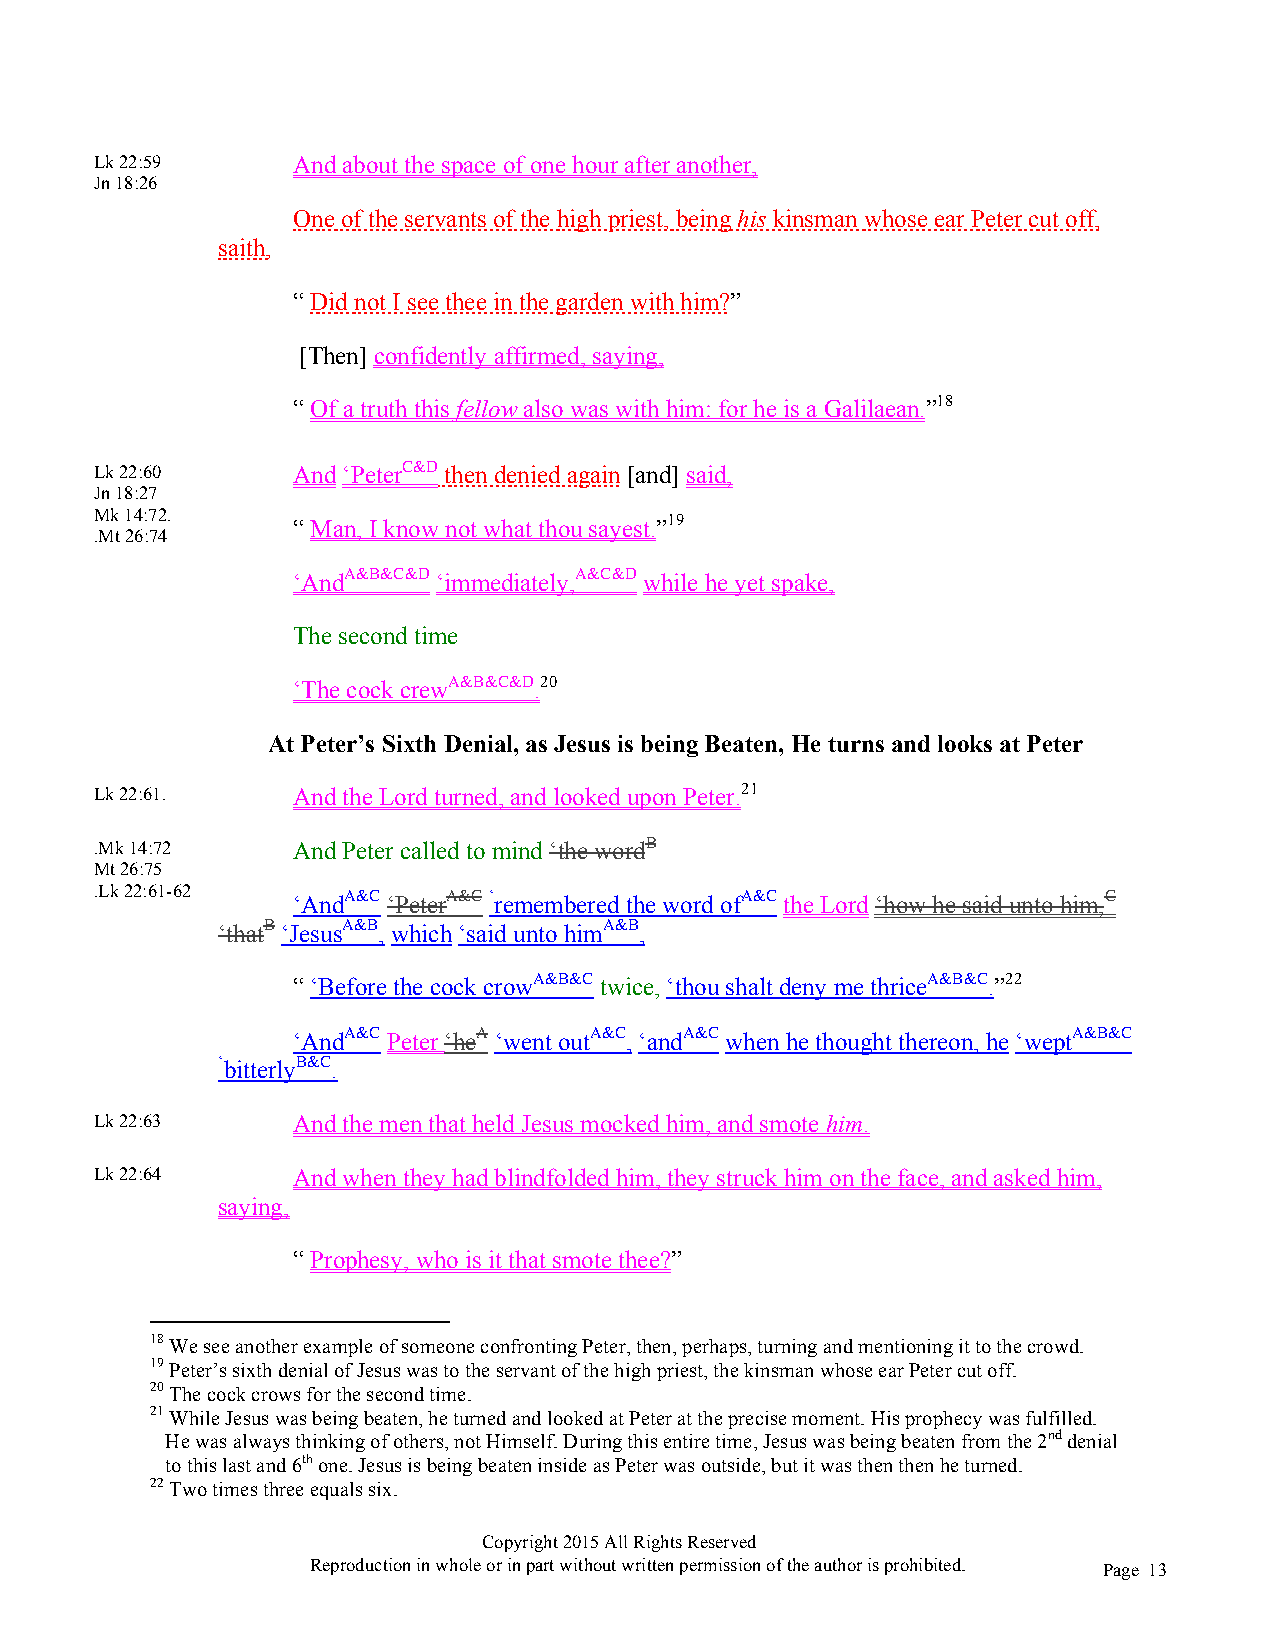
Lk 22:59     And about the space of one hour after another,
 Jn 18:26
 One of the servants of the high priest, being his kinsman whose ear Peter cut off,
 saith,
 “ Did not I see thee in the garden with him?”
 [Then] confidently affirmed, saying,
 “ Of a truth this fellow also was with him: for he is a Galilaean.”18
 Lk 22:60     And ‘PeterC&D then denied again [and] said,
 Jn 18:27
 Mk 14:72.    “ Man, I know not what thou sayest.”19
 .Mt 26:74
 ‘AndA&B&C&D ‘immediately,A&C&D while he yet spake,
 The second time
 ‘The cock crewA&B&C&D.20
 At Peter’s Sixth Denial, as Jesus is being Beaten, He turns and looks at Peter
 Lk 22:61.    And the Lord turned, and looked upon Peter.21
 .Mk 14:72    And Peter called to mind ‘the wordB
 Mt 26:75
 .Lk 22:61-62 ‘AndA&C ‘PeterA&C ‘remembered the word ofA&C the Lord ‘how he said unto him,C
 ‘thatB ‘JesusA&B, which ‘said unto himA&B,
 “ ‘Before the cock crowA&B&C twice, ‘thou shalt deny me thriceA&B&C.”22
 ‘AndA&C Peter ‘heA ‘went outA&C, ‘andA&C when he thought thereon, he ‘weptA&B&C
 ‘bitterlyB&C.
 Lk 22:63     And the men that held Jesus mocked him, and smote him.
 Lk 22:64     And when they had blindfolded him, they struck him on the face, and asked him,
 saying,
 “ Prophesy, who is it that smote thee?”
 18 We see another example of someone confronting Peter, then, perhaps, turning and mentioning it to the crowd.
 19 Peter’s sixth denial of Jesus was to the servant of the high priest, the kinsman whose ear Peter cut off.
 20 The cock crows for the second time.
 21 While Jesus was being beaten, he turned and looked at Peter at the precise moment. His prophecy was fulfilled.
 He was always thinking of others, not Himself. During this entire time, Jesus was being beaten from the 2nd denial
 to this last and 6th one. Jesus is being beaten inside as Peter was outside, but it was then then he turned.
 22 Two times three equals six.
 Copyright 2015 All Rights Reserved
 Reproduction in whole or in part without written permission of the author is prohibited. Page 13